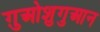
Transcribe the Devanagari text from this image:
ग़ुओशुगुआन